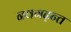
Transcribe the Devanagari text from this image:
नवगढ़न्त